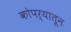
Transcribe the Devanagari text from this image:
कोपर्यातून